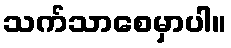
သက်သာစေမှာပါ။